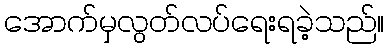
အောက်မှလွတ်လပ်ရေးရခဲ့သည်။